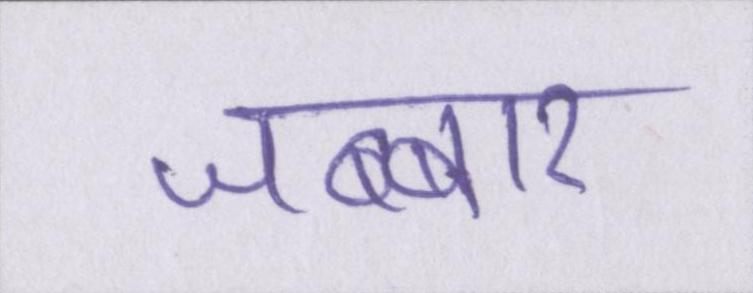
जब्बार